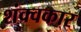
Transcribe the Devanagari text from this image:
शंक्वकार